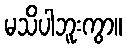
မသိပါဘူးကွာ။